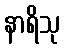
နာရိသု